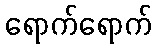
ရောက်ရောက်